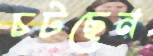
চটছেন